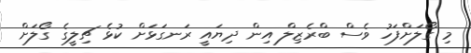
މި ގޯލަށްފަހު ވެސް ބްރެޒިލް އިން ދިޔައީ ރަނގަޅަށް ކުޅެ ޗިލީގެ ގޯލަށް